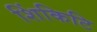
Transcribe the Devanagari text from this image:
शिंकिटि